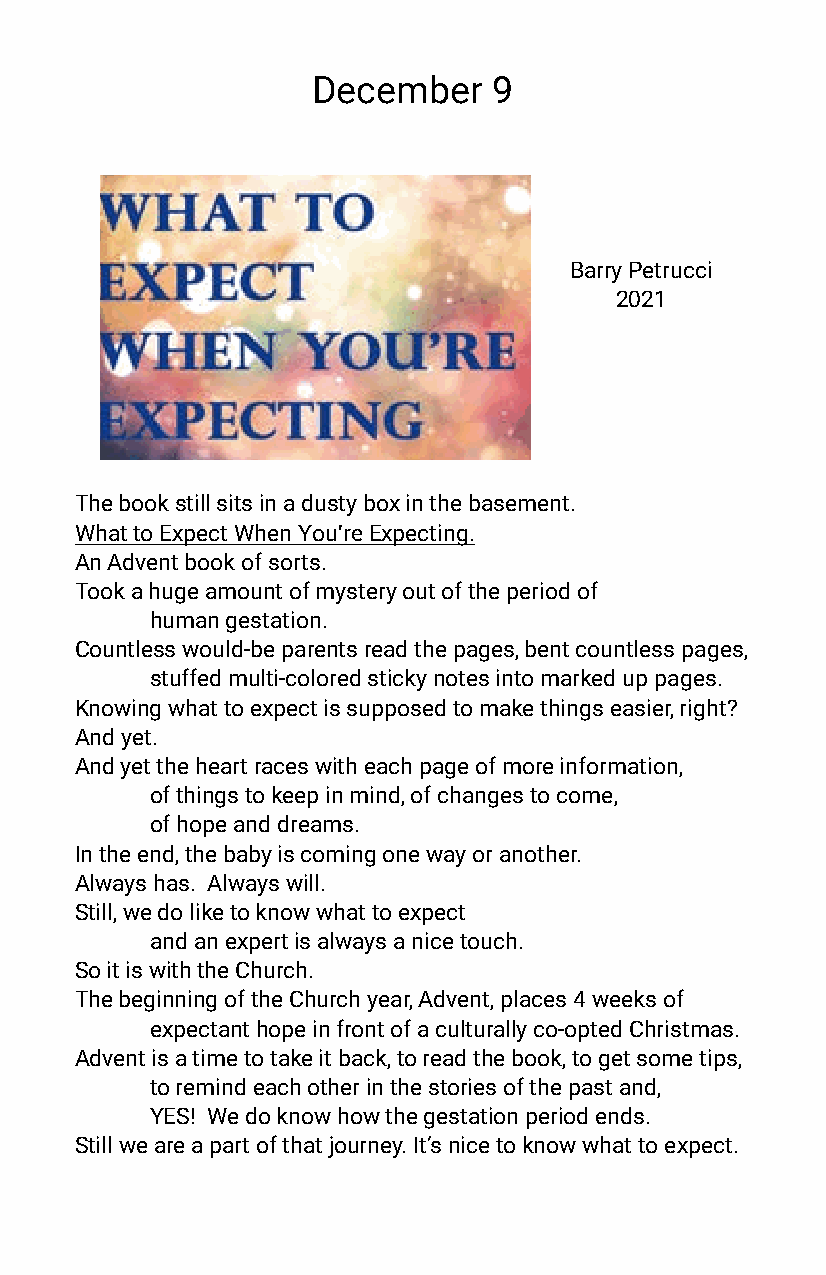
December    9
 Barry Petrucci
 2021
 The book still sits in a dusty box in the basement.
 What to Expect When You're Expecting.
 An Advent book of sorts.
 Took a huge amount of mystery out of the period of
 human gestation.
 Countless would-be parents read the pages, bent countless pages,
 stuffed multi-colored sticky notes into marked up pages.
 Knowing what to expect is supposed to make things easier, right?
 And yet.
 And yet the heart races with each page of more information,
 of things to keep in mind, of changes to come,
 of hope and dreams.
 In the end, the baby is coming one way or another.
 Always has. Always will.
 Still, we do like to know what to expect
 and an expert is always a nice touch.
 So it is with the Church.
 The beginning of the Church year, Advent, places 4 weeks of
 expectant hope in front of a culturally co-opted Christmas.
 Advent is a time to take it back, to read the book, to get some tips,
 to remind each other in the stories of the past and,
 YES! We do know how the gestation period ends.
 Still we are a part of that journey. It’s nice to know what to expect.